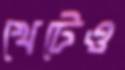
খেটেও